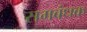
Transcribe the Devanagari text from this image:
समबंधक